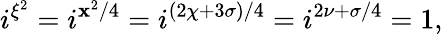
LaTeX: i^{\xi^{2}}=i^{\mathbf{x}^{2}/4}=i^{(2\chi+3\sigma)/4}=i^{2\nu+\sigma/4}=1,